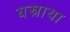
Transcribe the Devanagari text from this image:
यस्नाया